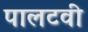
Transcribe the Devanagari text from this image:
पालटवी